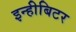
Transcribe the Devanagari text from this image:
इन्हीबिटर